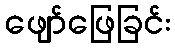
ဖျော်ဖြေခြင်း